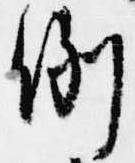
例